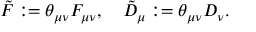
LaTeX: \tilde { F } : = \theta _ { \mu \nu } F _ { \mu \nu } , \quad \tilde { D } _ { \mu } : = \theta _ { \mu \nu } D _ { \nu } .